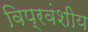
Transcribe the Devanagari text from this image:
विप्रवंशीय